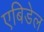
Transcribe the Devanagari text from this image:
एबिडेल